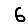
Digit: 6